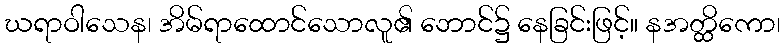
ဃရာဝါသေန၊ အိမ်ရာထောင်သောလူ၏ ဘောင်၌ နေခြင်းဖြင့်။ နအတ္ထိကော၊